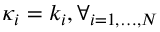
\kappa _ { i } = k _ { i } , \forall _ { i = 1 , \dots , N }